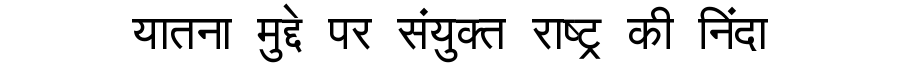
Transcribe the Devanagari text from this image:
यातना मुद्दे पर संयुक्त राष्ट्र की निंदा